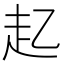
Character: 𮚲